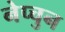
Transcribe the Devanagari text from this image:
नेप्चुन